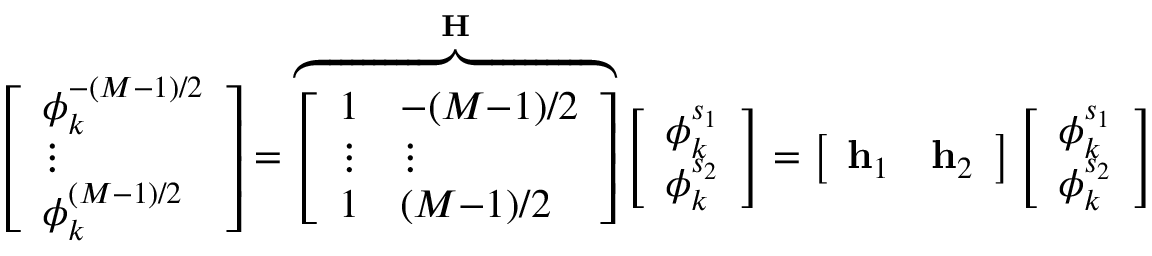
\left[ \begin{array} { l } { \phi _ { k } ^ { - ( M - 1 ) / 2 } } \\ { \vdots } \\ { \phi _ { k } ^ { ( M - 1 ) / 2 } } \end{array} \right] = \overbrace { \left[ \begin{array} { l l } { 1 } & { - ( M { - } 1 ) / 2 } \\ { \vdots } & { \vdots } \\ { 1 } & { ( M { - } 1 ) / 2 } \end{array} \right] } ^ { \mathbf { H } } \left[ \begin{array} { l } { \phi _ { k } ^ { s _ { 1 } } } \\ { \phi _ { k } ^ { s _ { 2 } } } \end{array} \right] = \left[ \begin{array} { l l } { \mathbf { h } _ { 1 } } & { \mathbf { h } _ { 2 } } \end{array} \right] \left[ \begin{array} { l } { \phi _ { k } ^ { s _ { 1 } } } \\ { \phi _ { k } ^ { s _ { 2 } } } \end{array} \right]